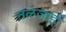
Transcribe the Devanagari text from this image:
तळजाई